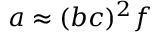
a \approx ( b c ) ^ { 2 } f